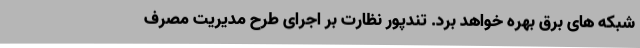
شبکه های برق بهره خواهد برد. تندپور نظارت بر اجرای طرح مدیریت مصرف